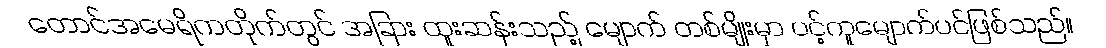
တောင်အမေရိကတိုက်တွင် အခြား ထူးဆန်းသည့် မျောက် တစ်မျိုးမှာ ပင့်ကူမျောက်ပင်ဖြစ်သည်။